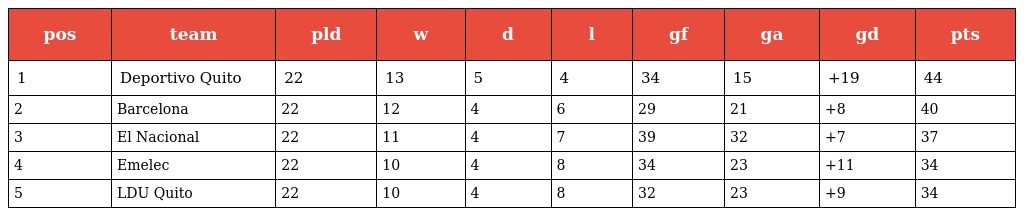
| pos | team | pld | w | d | l | gf | ga | gd | pts |
 | --- | --- | --- | --- | --- | --- | --- | --- | --- | --- |
 | 1 | Deportivo Quito | 22 | 13 | 5 | 4 | 34 | 15 | +19 | 44 |
 | 2 | Barcelona | 22 | 12 | 4 | 6 | 29 | 21 | +8 | 40 |
 | 3 | El Nacional | 22 | 11 | 4 | 7 | 39 | 32 | +7 | 37 |
 | 4 | Emelec | 22 | 10 | 4 | 8 | 34 | 23 | +11 | 34 |
 | 5 | LDU Quito | 22 | 10 | 4 | 8 | 32 | 23 | +9 | 34 |